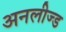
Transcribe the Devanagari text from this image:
अनलीज्ड